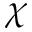
\chi